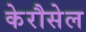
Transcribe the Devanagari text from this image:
केरौसेल